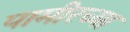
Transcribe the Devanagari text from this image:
पामीरच्या